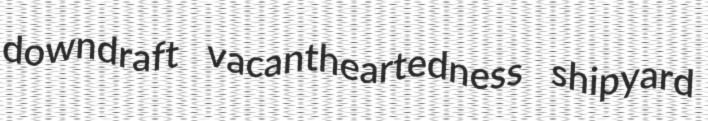
downdraft vacantheartedness shipyard